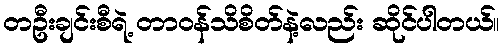
တဦးချင်းစီရဲ့ တာဝန်သိစိတ်နဲ့လည်း ဆိုင်ပါတယ်။